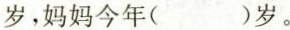
岁，妈妈今年( )岁。